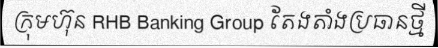
ក្រុមហ៊ុន RHB Banking Group តែងតាំងប្រធានថ្មី